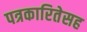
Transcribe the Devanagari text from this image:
पत्रकारितेसह